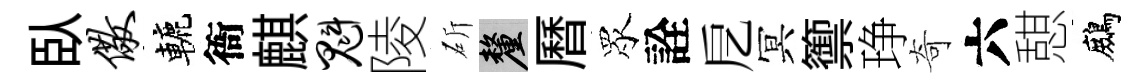
臥儆轆衙麒魁陵斫厘曆眾詮戹冥籞琤奇六憇鷓